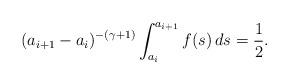
LaTeX: \begin{align*}(a_{i+1}-a_i)^{-(\gamma+1)}\int_{a_i}^{a_{i+1}}f(s)\,ds=\frac{1}{2}.\end{align*}